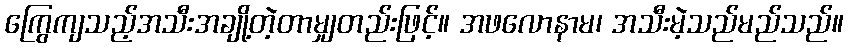
ကြွေကျသည့်အသီးအချို့တဲ့တာမျှတည်းဖြင့်။ အဖလောနာမ၊ အသီးမဲ့သည်မည်သည်။